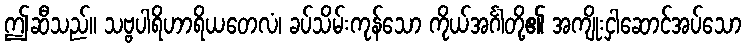
ဤဆီသည်။ သဗ္ဗပါရိဟာရိယတေလံ၊ ခပ်သိမ်းကုန်သော ကိုယ်အင်္ဂါတို့၏ အကျိုးငှါဆောင်အပ်သော